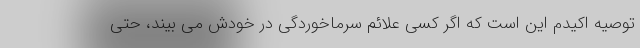
توصیه اکیدم این است که اگر کسی علائم سرماخوردگی در خودش می بیند، حتی